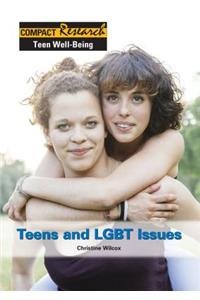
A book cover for Teens and Lgbt Issues (Compact Research: Teen Well-Being); Christine Wilcox; Teen & Young Adult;